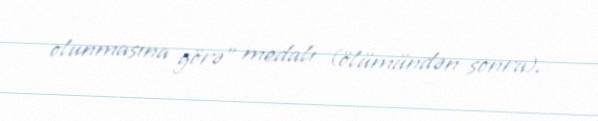
olunmasına görə" medalı (ölümündən sonra).